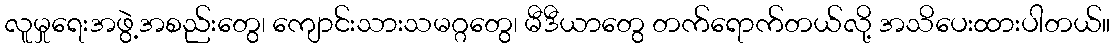
လူမှုရေးအဖွဲ့အစည်းတွေ၊ ကျောင်းသားသမဂ္ဂတွေ၊ မီဒီယာတွေ တက်ရောက်တယ်လို့ အသိပေးထားပါတယ်။